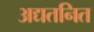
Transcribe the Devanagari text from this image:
अद्यतनित